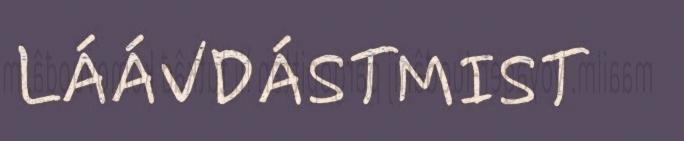
LÁÁVDÁSTMIST